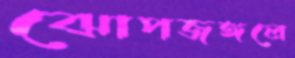
ঝোপজঙ্গলে